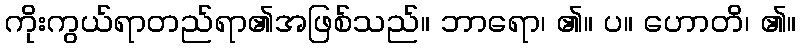
ကိုးကွယ်ရာတည်ရာ၏အဖြစ်သည်။ ဘာရော၊ ၏။ ပ။ ဟောတိ၊ ၏။